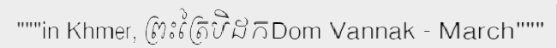
"""in Khmer, ព្រះត្រៃបិដកDom Vannak - March"""